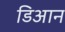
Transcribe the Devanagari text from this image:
डिआन